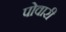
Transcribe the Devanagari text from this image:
पोवारी